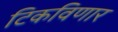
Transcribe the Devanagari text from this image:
टिकविणार